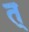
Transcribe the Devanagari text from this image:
त्‌